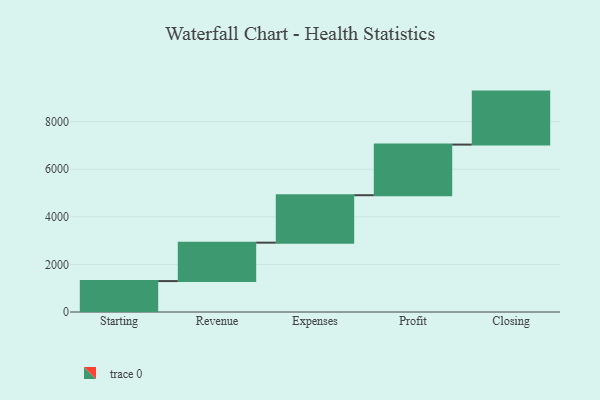
{"axis": {"x": "Step", "y": "Value"}, "legend": [""], "data": [{"x": "Starting", "y": 1299.0, "type": ""}, {"x": "Revenue", "y": 1615.0, "type": ""}, {"x": "Expenses", "y": 1994.0, "type": ""}, {"x": "Profit", "y": 2127.0, "type": ""}, {"x": "Closing", "y": 2227.0, "type": ""}]}